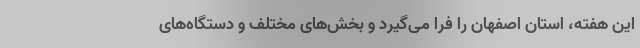
این هفته، استان اصفهان را فرا می‌گیرد و بخش‌های مختلف و دستگاه‌های